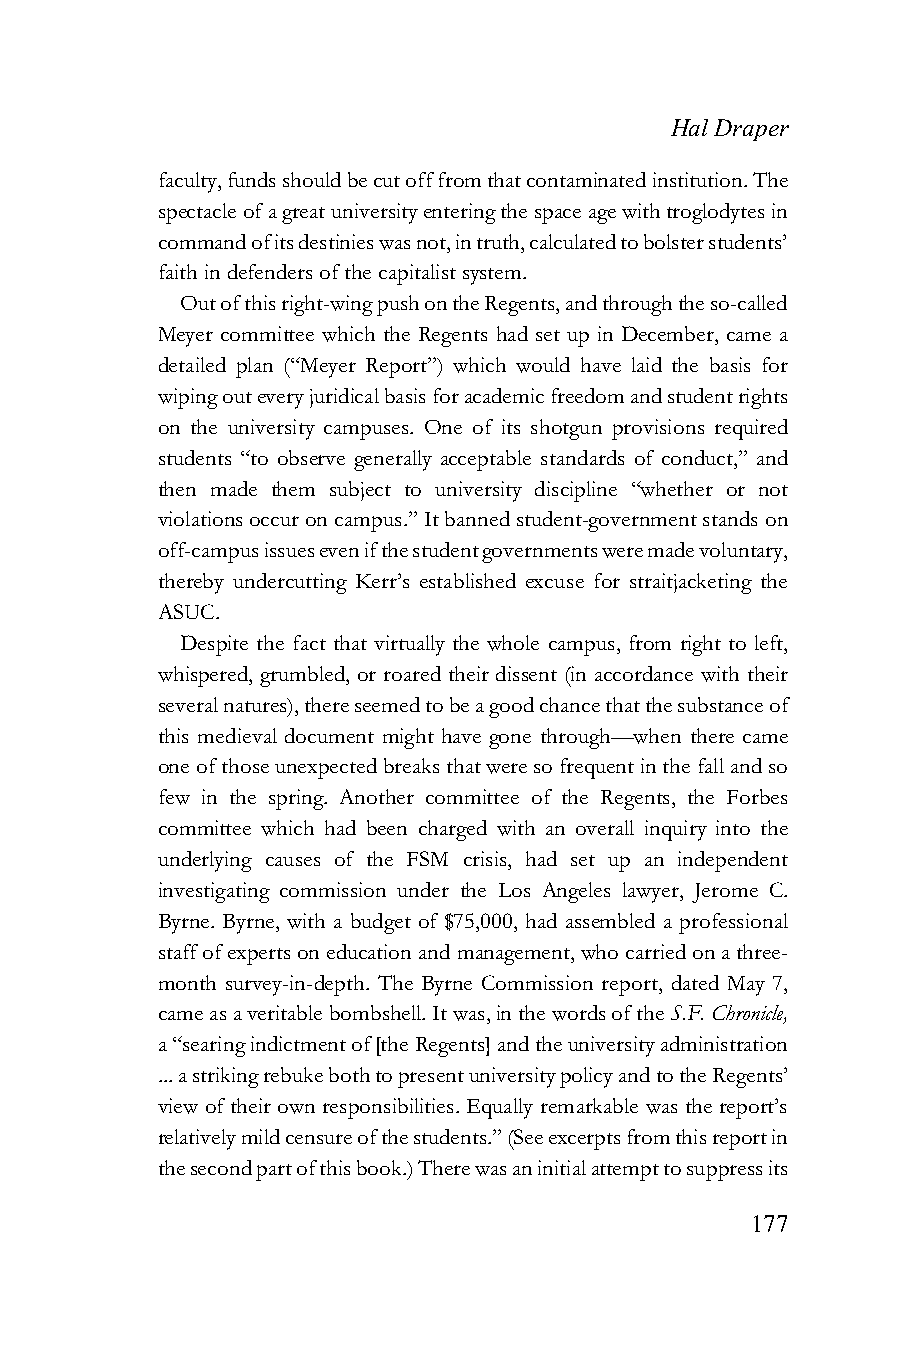
Hal Draper
 faculty, funds should be cut off from that contaminated institution. The
 spectacle of a great university entering the space age with troglodytes in
 command of its destinies was not, in truth, calculated to bolster students’
 faith in defenders of the capitalist system.
 Out of this right-wing push on the Regents, and through the so-called
 Meyer committee which the Regents had set up in December, came a
 detailed plan (“Meyer Report”) which would have laid the basis for
 wiping out every juridical basis for academic freedom and student rights
 on the university campuses. One of its shotgun provisions required
 students “to observe generally acceptable standards of conduct,” and
 then made them subject to university discipline “whether or not
 violations occur on campus.” It banned student-government stands on
 off-campus issues even if the student governments were made voluntary,
 thereby undercutting Kerr’s established excuse for straitjacketing the
 ASUC.
 Despite the fact that virtually the whole campus, from right to left,
 whispered, grumbled, or roared their dissent (in accordance with their
 several natures), there seemed to be a good chance that the substance of
 this medieval document might have gone through—when there came
 one of those unexpected breaks that were so frequent in the fall and so
 few in the spring. Another committee of the Regents, the Forbes
 committee which had been charged with an overall inquiry into the
 underlying causes of the FSM crisis, had set up an independent
 investigating commission under the Los Angeles lawyer, Jerome C.
 Byrne. Byrne, with a budget of $75,000, had assembled a professional
 staff of experts on education and management, who carried on a three-
 month survey-in-depth. The Byrne Commission report, dated May 7,
 came as a veritable bombshell. It was, in the words of the S.F. Chronicle,
 a “searing indictment of [the Regents] and the university administration
 ... a striking rebuke both to present university policy and to the Regents’
 view of their own responsibilities. Equally remarkable was the report’s
 relatively mild censure of the students.” (See excerpts from this report in
 the second part of this book.) There was an initial attempt to suppress its
 177